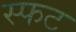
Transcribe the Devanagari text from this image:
स्फट